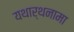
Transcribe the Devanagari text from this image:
यथार्थनामा